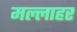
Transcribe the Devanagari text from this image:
मल्लाहर